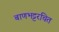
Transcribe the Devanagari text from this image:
बाणभट्टरचित